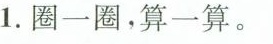
1.圈一圈，算一算。